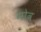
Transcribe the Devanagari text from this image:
मोव